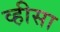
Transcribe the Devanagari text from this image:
व्हीसा